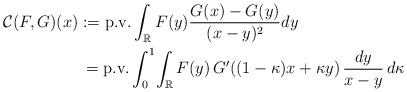
\begin{align*}\mathcal{C}(F,G)(x) & := \textup{p.v.} \int_{\mathbb{R}} F(y) \frac{G(x)-G(y)}{(x-y)^2} dy \\& \,= \textup{p.v.} \int_{0}^{1}\! \int_{\mathbb{R}} F(y) \,G'((1-\kappa) x + \kappa y)\, \frac{dy}{x-y} \,d\kappa\end{align*}